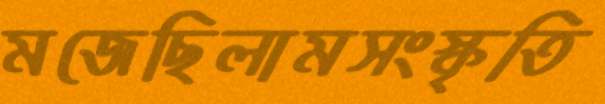
মজেছিলামসংস্কৃতি